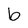
Character: b